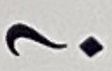
?